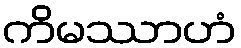
ကိမဿာဟံ